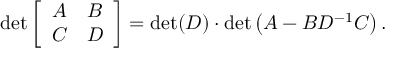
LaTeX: \operatorname* { d e t } { \left[ \begin{array} { l l } { A } & { B } \\ { C } & { D } \end{array} \right] } = \operatorname* { d e t } ( D ) \cdot \operatorname* { d e t } \left( A - B D ^ { - 1 } C \right) .